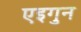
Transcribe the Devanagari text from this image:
एइगुन